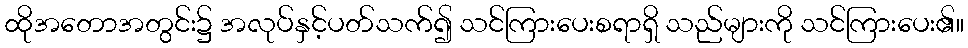
ထိုအတောအတွင်း၌ အလုပ်နှင့်ပတ်သက်၍ သင်ကြားပေးစရာရှိ သည်များကို သင်ကြားပေး၏။